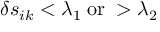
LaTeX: \delta s _ { i k } < \lambda _ { 1 } \; \mathrm { o r } \; > \lambda _ { 2 }